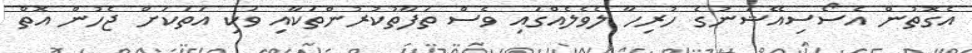
އެގޮތުން އެސޯސިއޭޝަނުގެ ހުރިހާ ލެވެލެއްގައި ވެސް ތަފާތުކުރުންތަކާއި ވަކި އަތަކަށް ޖެހުން އޮތް